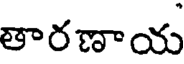
తారణాయ